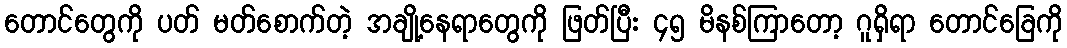
တောင်တွေကို ပတ် မတ်စောက်တဲ့ အချို့နေရာတွေကို ဖြတ်ပြီး ၄၅ မိနစ်ကြာတော့ ဂူရှိရာ တောင်ခြေကို